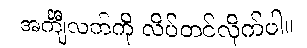
အင်္ကျီလက်ကို လိပ်တင်လိုက်ပါ။